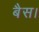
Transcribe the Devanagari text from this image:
बैस।